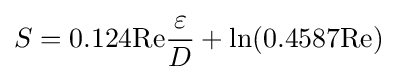
S=0.124\mathrm {Re} {\frac {\varepsilon }{D}}+\ln(0.4587\mathrm {Re} )